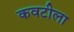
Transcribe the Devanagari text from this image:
कवटीला